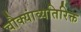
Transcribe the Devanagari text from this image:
चौक्यांव्यतिरिक्त